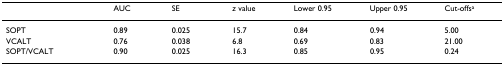
|  | AUC | SE | z value | Lower 0.95 | Upper 0.95 | Cut-offsa |
 | --- | --- | --- | --- | --- | --- | --- |
 | SOPT | 0.89 | 0.025 | 15.7 | 0.84 | 0.94 | 5.00 |
 | VCALT | 0.76 | 0.038 | 6.8 | 0.69 | 0.83 | 21.00 |
 | SOPT/VCALT | 0.90 | 0.025 | 16.3 | 0.85 | 0.95 | 0.24 |